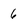
Character: 6